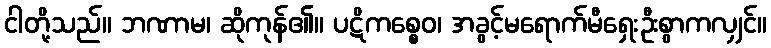
ငါတို့သည်။ ဘဏာမ၊ ဆိုကုန်၏။ ပဋိကစ္စေဝ၊ အခွင့်မရောက်မီရှေးဦးစွာကလျှင်။